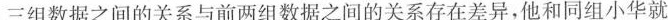
三组数据之间的关系与前两组数据之间的关系存在差异，他和同组小华就